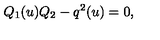
Q _ { 1 } ( u ) Q _ { 2 } - q ^ { 2 } ( u ) = 0 ,